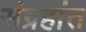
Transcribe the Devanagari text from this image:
संग्रहांत